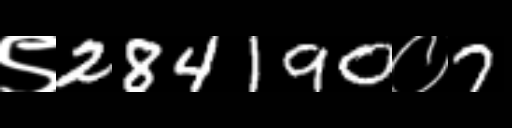
Text: ९284190०7